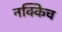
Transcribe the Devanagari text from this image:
नक्किच